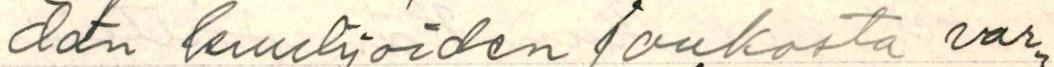
dän kuulijoiden joukosta var-